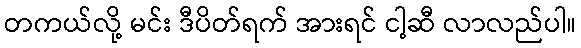
တကယ်လို့ မင်း ဒီပိတ်ရက် အားရင် ငါ့ဆီ လာလည်ပါ။